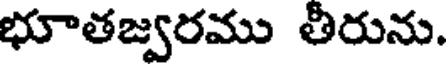
భూతజ్వరము తీరును.